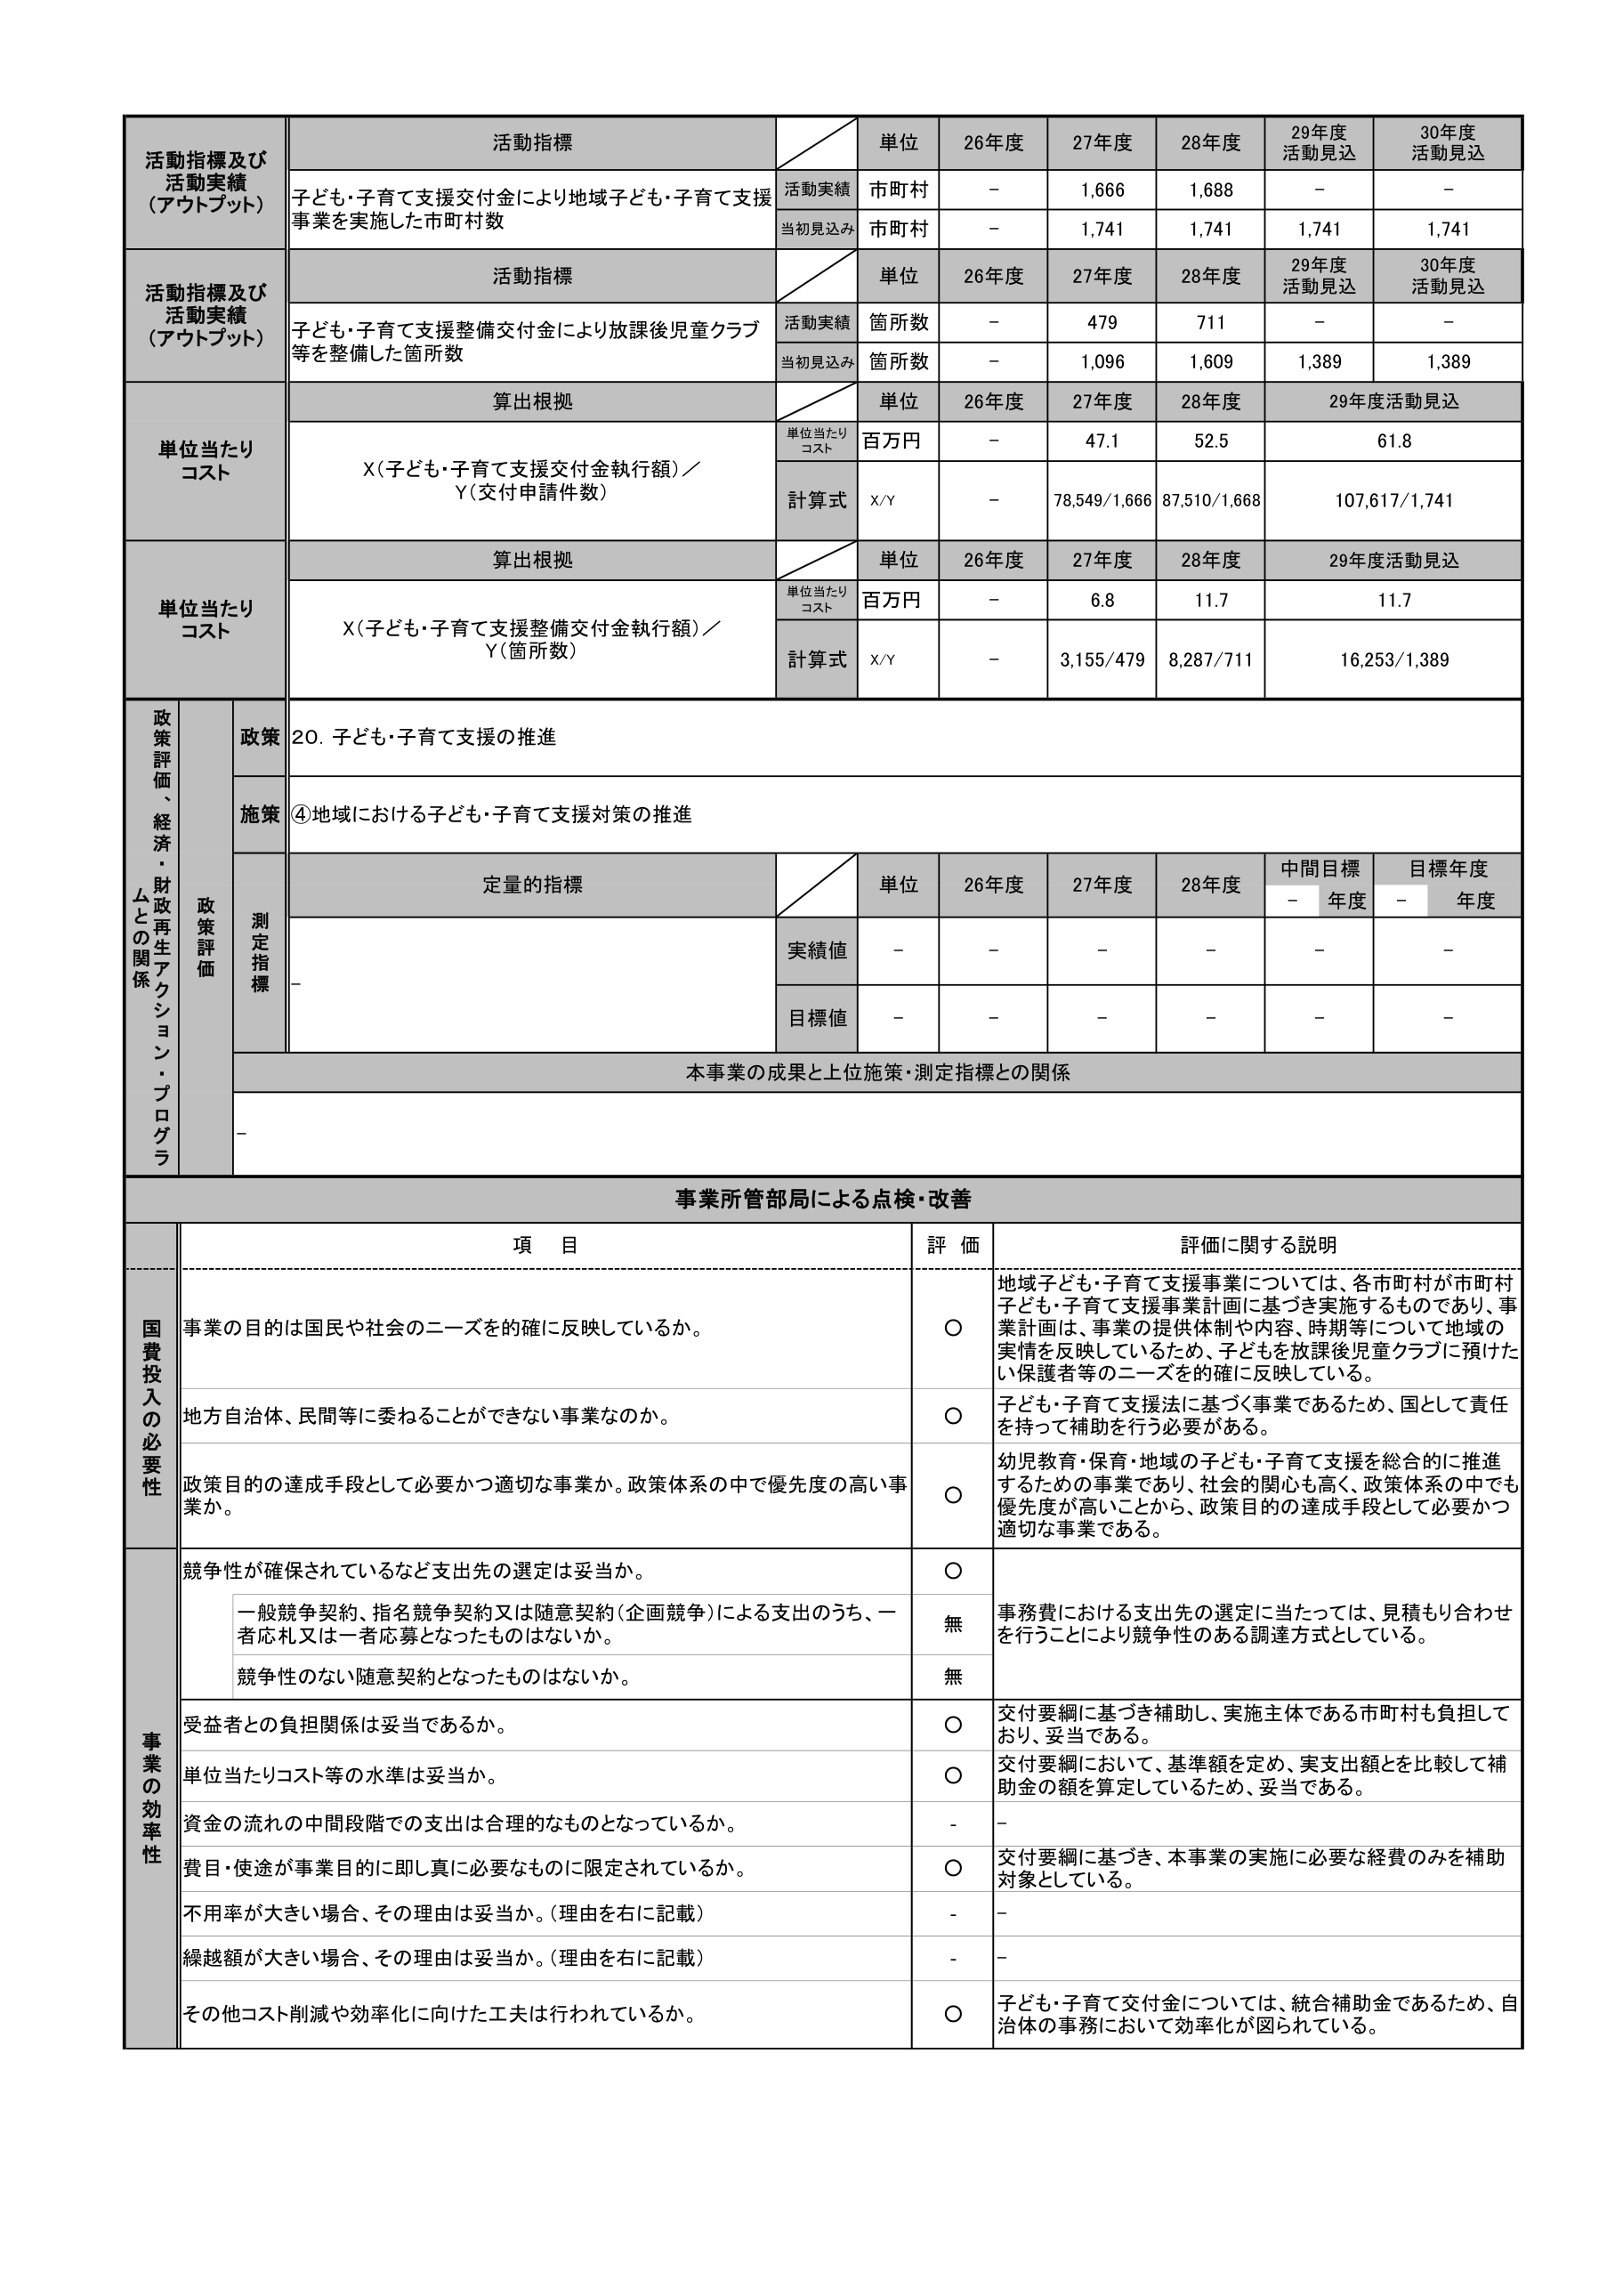
活動指標及び
活動実績
（アウトプット）
活動指標
単位
26年度
27年度
28年度
29年度
活動見込
30年度
活動見込
子ども・子育て支援交付金により地域子ども・子育て支援
事業を実施した市町村数
活動実績
市町村
-
1,666
1,688
-
-
当初見込み
市町村
-
1,741
1,741
1,741
1,741
活動指標及び
活動実績
（アウトプット）
活動指標
単位
26年度
27年度
28年度
29年度
活動見込
30年度
活動見込
子ども・子育て支援整備交付金により放課後児童クラブ
等を整備した箇所数
活動実績
箇所数
-
479
711
-
-
当初見込み
箇所数
-
1,096
1,609
1,389
1,389
単位当たり
コスト
算出根拠
単位
26年度
27年度
28年度
29年度活動見込
単位当たり
コスト
百万円
-
47.1
52.5
61.8
X(子ども・子育て支援交付金執行額)／
Y(交付申請件数)
計算式
X/Y
-
78,549/1,666
87,510/1,668
107,617/1,741
単位当たり
コスト
算出根拠
単位
26年度
27年度
28年度
29年度活動見込
単位当たり
コスト
百万円
-
6.8
11.7
11.7
X(子ども・子育て支援整備交付金執行額)／
Y(箇所数)
計算式
X/Y
-
3,155/479
8,287/711
16,253/1,389
政策評価、経済・財政再生アクション・プログラムとの関係
政策
20. 子ども・子育て支援の推進
施策
④地域における子ども・子育て支援対策の推進
政策評価
測定指標
定量的指標
単位
26年度
27年度
28年度
中間目標
-
年度
目標年度
-
年度
実績値
-
-
-
-
-
-
目標値
-
-
-
-
-
-
本事業の成果と上位施策・測定指標との関係
-
事業所管部局による点検・改善
項 目
評 価
評価に関する説明
国費投入の必要性
事業の目的は国民や社会のニーズを的確に反映しているか。
〇
地域子ども・子育て支援事業については、各市町村が市町村子ども・子育て支援事業計画に基づき実施するものであり、事業計画は、事業の提供体制や内容、時期等について地域の実情を反映しているため、子どもを放課後児童クラブに預けたい保護者等のニーズを的確に反映している。
地方自治体、民間等に委ねることができない事業なのか。
〇
子ども・子育て支援法に基づく事業であるため、国として責任を持って補助を行う必要がある。
政策目的の達成手段として必要かつ適切な事業か。政策体系の中で優先度の高い事業か。
〇
幼児教育・保育・地域の子ども・子育て支援を総合的に推進するための事業であり、社会的関心も高く、政策体系の中でも優先度が高いことから、政策目的の達成手段として必要かつ適切な事業である。
事業の効率性
競争性が確保されているなど支出先の選定は妥当か。
〇
事務費における支出先の選定に当たっては、見積もり合わせを行うことにより競争性のある調達方式としている。
一般競争契約、指名競争契約又は随意契約（企画競争）による支出のうち、一者応札又は一者応募となったものはないか。
無
競争性のない随意契約となったものはないか。
無
受益者との負担関係は妥当であるか。
〇
交付要綱に基づき補助し、実施主体である市町村も負担しており、妥当である。
単位当たりコスト等の水準は妥当か。
〇
交付要綱において、基準額を定め、実支出額とを比較して補助金の額を算定しているため、妥当である。
資金の流れの中間段階での支出は合理的なものとなっているか。
-
-
費目・使途が事業目的に即し真に必要なものに限定されているか。
〇
交付要綱に基づき、本事業の実施に必要な経費のみを補助対象としている。
不用率が大きい場合、その理由は妥当か。（理由を右に記載）
-
-
繰越額が大きい場合、その理由は妥当か。（理由を右に記載）
-
-
その他コスト削減や効率化に向けた工夫は行われているか。
〇
子ども・子育て交付金については、統合補助金であるため、自治体の事務において効率化が図られている。